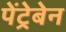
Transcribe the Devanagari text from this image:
पेंट्रेबेन